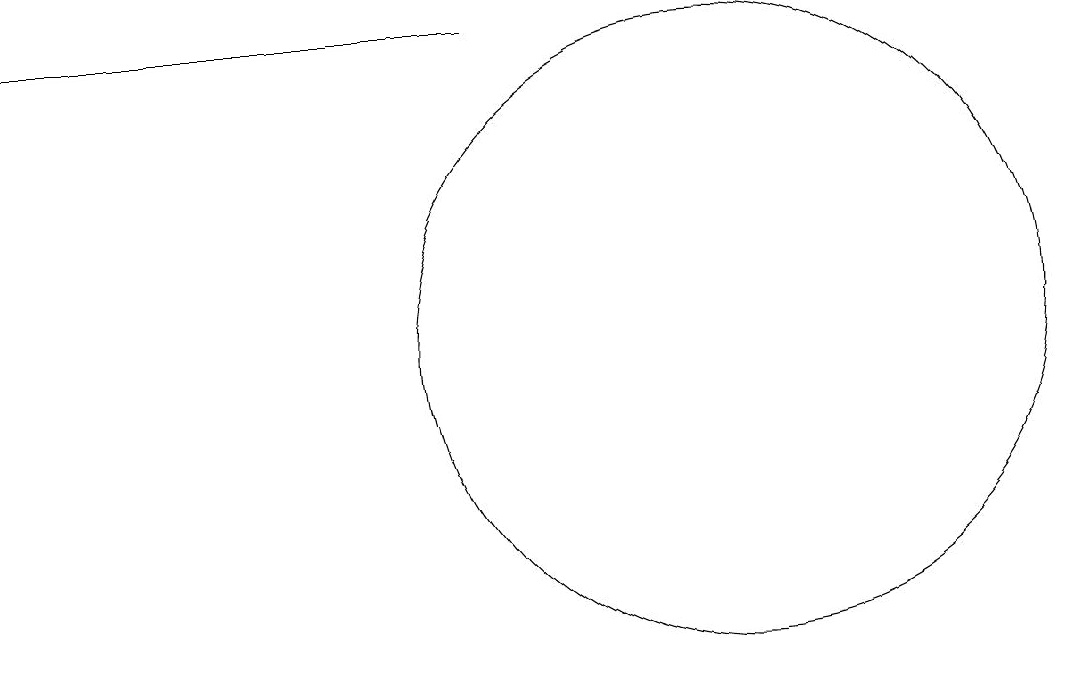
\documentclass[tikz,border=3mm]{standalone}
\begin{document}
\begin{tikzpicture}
\draw (10,11) circle (4);
\draw[->] (7,15) -- (1,15);
\draw (12,10) circle (0);
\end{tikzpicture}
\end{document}